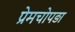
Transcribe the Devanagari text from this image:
प्रेमचोपड़ा